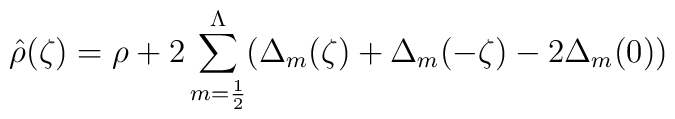
\hat{\rho}(\zeta) = \rho + 2 \sum_{m={1\over2}}^\Lambda        (\Delta_m(\zeta) + \Delta_m(-\zeta) - 2 \Delta_m(0) )